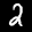
Label: 2